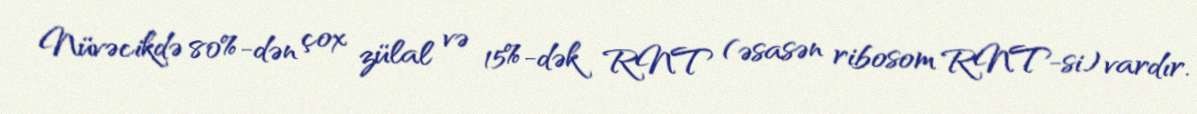
Nüvəcikdə 80%-dən çox zülal və 15%-dək RNT (əsasən ribosom RNT-si) vardır.